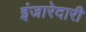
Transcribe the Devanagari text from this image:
इंजारेदारी